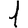
Digit: 1